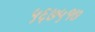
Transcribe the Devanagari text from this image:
५६७५१७